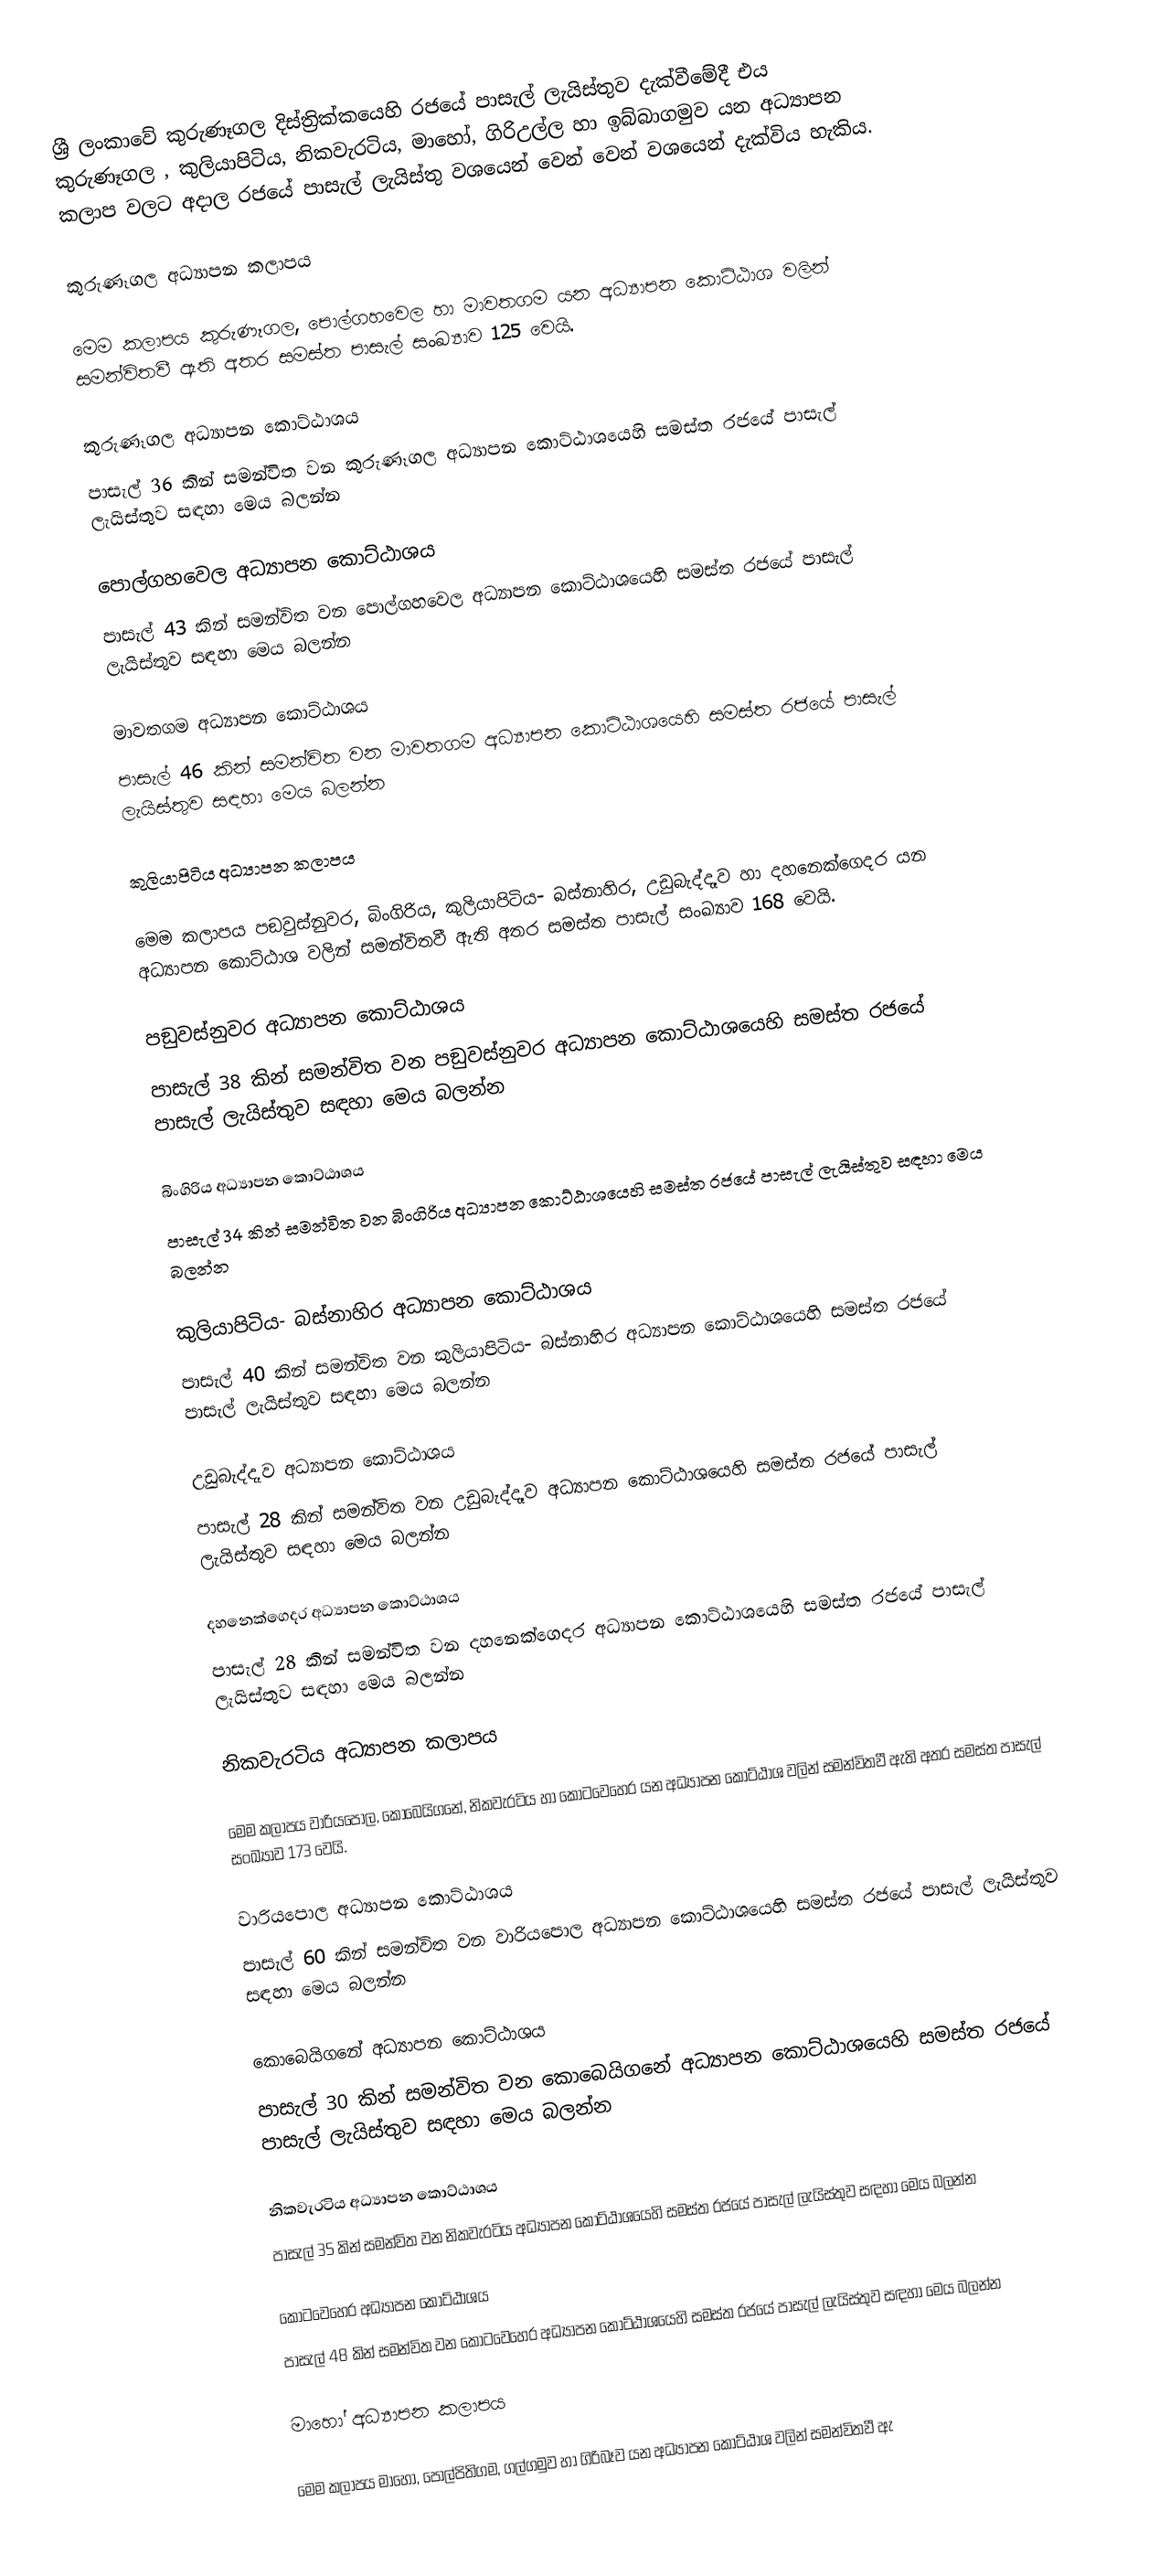
ශ්‍රී ලංකාවේ කුරුණෑගල දිස්ත්‍රික්කයෙහි රජයේ පාසැල් ලැයිස්තුව දැක්වීමේදී එය කුරුණෑගල , කුලියාපිටිය, නිකවැරටිය, මාහෝ, ගිරිඋල්ල හා ඉබ්බාගමුව  යන අධ්‍යාපන කලාප  වලට අදාල රජයේ පාසැල් ලැයිස්තු වශයෙන් වෙන් වෙන් වශයෙන් දැක්විය හැකිය.

කුරුණෑගල අධ්‍යාපන කලාපය

මෙම කලාපය   කුරුණෑගල, පොල්ගහවෙල හා මාවතගම යන අධ්‍යාපන කොට්ඨාශ වලින් සමන්විතවී ඇති අතර සමස්ත පාසැල් සංඛ්‍යාව 125 වෙයි.

කුරුණෑගල අධ්‍යාපන කොට්ඨාශය
පාසැල් 36 කින් සමන්විත වන කුරුණෑගල අධ්‍යාපන කොට්ඨාශයෙහි සමස්ත රජයේ පාසැල් ලැයිස්තුව සඳහා මෙය බලන්න

පොල්ගහවෙල අධ්‍යාපන කොට්ඨාශය
පාසැල් 43 කින් සමන්විත වන පොල්ගහවෙල අධ්‍යාපන කොට්ඨාශයෙහි සමස්ත රජයේ පාසැල් ලැයිස්තුව සඳහා මෙය බලන්න

මාවතගම අධ්‍යාපන කොට්ඨාශය
පාසැල් 46 කින් සමන්විත වන මාවතගම අධ්‍යාපන කොට්ඨාශයෙහි සමස්ත රජයේ පාසැල් ලැයිස්තුව සඳහා මෙය බලන්න

කුලියාපිටිය අධ්‍යාපන කලාපය

මෙම කලාපය   පඞුවස්නුවර, බිංගිරිය, කුලියාපිටිය- බස්නාහිර, උඩුබැද්දෑව හා දහනෙක්ගෙදර යන අධ්‍යාපන කොට්ඨාශ වලින් සමන්විතවී ඇති අතර සමස්ත පාසැල් සංඛ්‍යාව 168 වෙයි.

පඞුවස්නුවර අධ්‍යාපන කොට්ඨාශය
පාසැල් 38 කින් සමන්විත වන පඞුවස්නුවර අධ්‍යාපන කොට්ඨාශයෙහි සමස්ත රජයේ පාසැල් ලැයිස්තුව සඳහා මෙය බලන්න

බිංගිරිය අධ්‍යාපන කොට්ඨාශය
පාසැල් 34 කින් සමන්විත වන බිංගිරිය අධ්‍යාපන කොට්ඨාශයෙහි සමස්ත රජයේ පාසැල් ලැයිස්තුව සඳහා මෙය බලන්න

කුලියාපිටිය- බස්නාහිර අධ්‍යාපන කොට්ඨාශය
පාසැල් 40 කින් සමන්විත වන කුලියාපිටිය- බස්නාහිර අධ්‍යාපන කොට්ඨාශයෙහි සමස්ත රජයේ පාසැල් ලැයිස්තුව සඳහා මෙය බලන්න

උඩුබැද්දෑව අධ්‍යාපන කොට්ඨාශය
පාසැල් 28 කින් සමන්විත වන උඩුබැද්දෑව අධ්‍යාපන කොට්ඨාශයෙහි සමස්ත රජයේ පාසැල් ලැයිස්තුව සඳහා මෙය බලන්න

දහනෙක්ගෙදර අධ්‍යාපන කොට්ඨාශය
පාසැල් 28 කින් සමන්විත වන දහනෙක්ගෙදර අධ්‍යාපන කොට්ඨාශයෙහි සමස්ත රජයේ පාසැල් ලැයිස්තුව සඳහා මෙය බලන්න

නිකවැරටිය අධ්‍යාපන කලාපය

මෙම කලාපය   වාරියපොල, කොබෙයිගනේ, නිකවැරටිය හා කොටවෙහෙර යන අධ්‍යාපන කොට්ඨාශ වලින් සමන්විතවී ඇති අතර සමස්ත පාසැල් සංඛ්‍යාව 173 වෙයි.

වාරියපොල අධ්‍යාපන කොට්ඨාශය
පාසැල් 60 කින් සමන්විත වන වාරියපොල අධ්‍යාපන කොට්ඨාශයෙහි සමස්ත රජයේ පාසැල් ලැයිස්තුව සඳහා මෙය බලන්න

කොබෙයිගනේ අධ්‍යාපන කොට්ඨාශය
පාසැල් 30 කින් සමන්විත වන කොබෙයිගනේ අධ්‍යාපන කොට්ඨාශයෙහි සමස්ත රජයේ පාසැල් ලැයිස්තුව සඳහා මෙය බලන්න

නිකවැරටිය  අධ්‍යාපන කොට්ඨාශය
පාසැල් 35 කින් සමන්විත වන නිකවැරටිය අධ්‍යාපන කොට්ඨාශයෙහි සමස්ත රජයේ පාසැල් ලැයිස්තුව සඳහා මෙය බලන්න

කොටවෙහෙර අධ්‍යාපන කොට්ඨාශය
පාසැල් 48 කින් සමන්විත වන කොටවෙහෙර අධ්‍යාපන කොට්ඨාශයෙහි සමස්ත රජයේ පාසැල් ලැයිස්තුව සඳහා මෙය බලන්න

මාහෝ අධ්‍යාපන කලාපය

මෙම කලාපය   මාහෝ, පොල්පිතිගම, ගල්ගමුව හා ගිරිබෑව යන අධ්‍යාපන කොට්ඨාශ වලින් සමන්විතවී ඇ